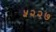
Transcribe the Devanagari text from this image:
५२२७